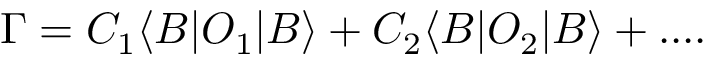
\Gamma = C _ { 1 } \langle B | O _ { 1 } | B \rangle + C _ { 2 } \langle B | O _ { 2 } | B \rangle + . . . .